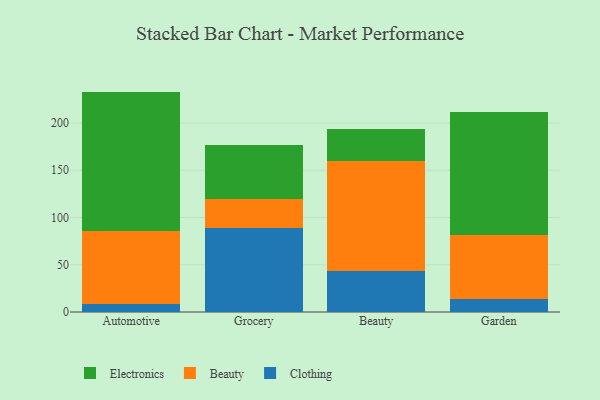
{"axis": {"x": "Category", "y": "Gross Profit (USD K)"}, "legend": ["Beauty", "Clothing", "Electronics"], "data": [{"x": "Automotive", "y": 8.9, "type": "Clothing"}, {"x": "Automotive", "y": 76.7, "type": "Beauty"}, {"x": "Automotive", "y": 147.6, "type": "Electronics"}, {"x": "Grocery", "y": 89.3, "type": "Clothing"}, {"x": "Grocery", "y": 29.8, "type": "Beauty"}, {"x": "Grocery", "y": 57.7, "type": "Electronics"}, {"x": "Beauty", "y": 43.3, "type": "Clothing"}, {"x": "Beauty", "y": 116.7, "type": "Beauty"}, {"x": "Beauty", "y": 33.2, "type": "Electronics"}, {"x": "Garden", "y": 13.4, "type": "Clothing"}, {"x": "Garden", "y": 68.4, "type": "Beauty"}, {"x": "Garden", "y": 130.0, "type": "Electronics"}]}